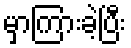
မှာကြားခဲ့ပြီး